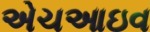
એચઆઇવ